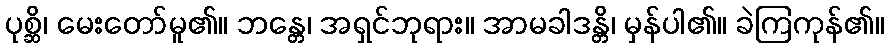
ပုစ္ဆိ၊ မေးတော်မူ၏။ ဘန္တေ၊ အရှင်ဘုရား။ အာမခါဒန္တိ၊ မှန်ပါ၏။ ခဲကြကုန်၏။